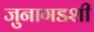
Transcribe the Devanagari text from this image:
जुनागडशी